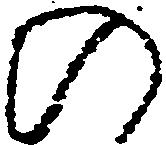
の